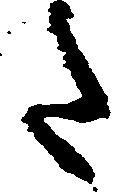
た